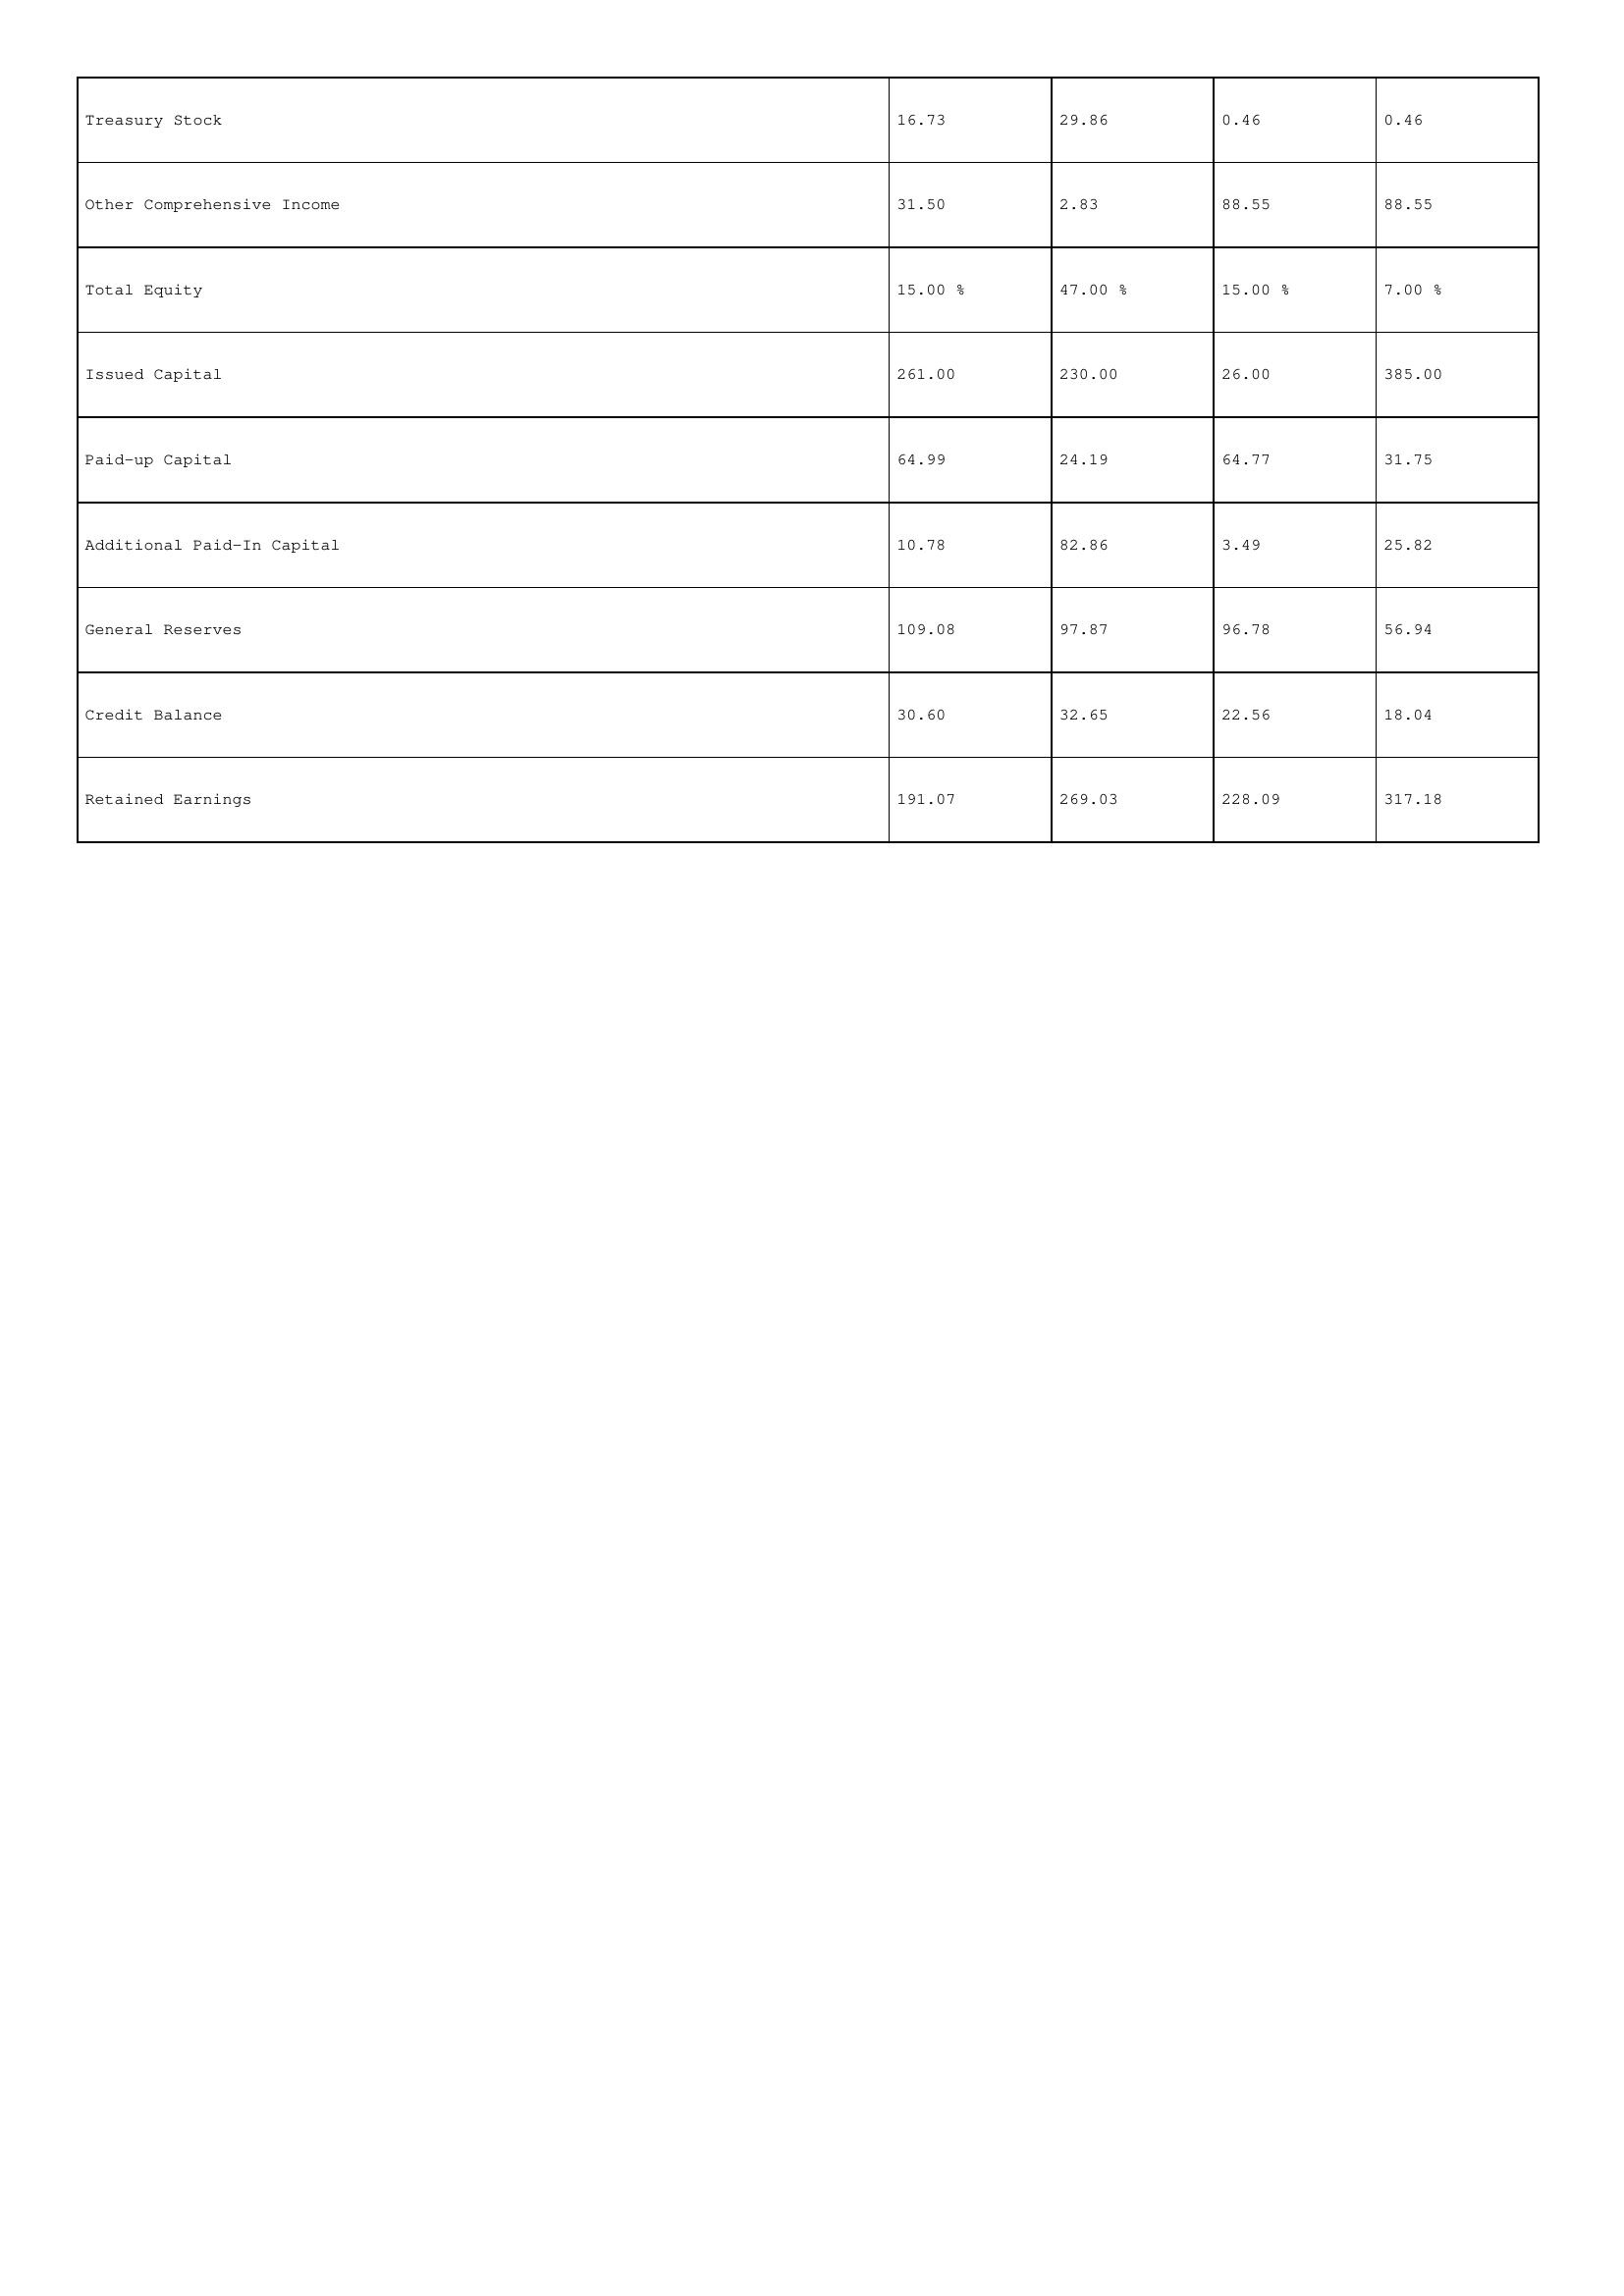
gt_parse: 2000: Treasury Stock: 16.73
Other Comprehensive Income: 31.50
Total Equity: 15.00 %
Issued Capital: 261.00
Paid-up Capital: 64.99
Additional Paid-In Capital: 10.78
General Reserves: 109.08
Credit Balance: 30.60
Retained Earnings: 191.07
1999: Treasury Stock: 29.86
Other Comprehensive Income: 2.83
Total Equity: 47.00 %
Issued Capital: 230.00
Paid-up Capital: 24.19
Additional Paid-In Capital: 82.86
General Reserves: 97.87
Credit Balance: 32.65
Retained Earnings: 269.03
1998: Treasury Stock: 0.46
Other Comprehensive Income: 88.55
Total Equity: 15.00 %
Issued Capital: 26.00
Paid-up Capital: 64.77
Additional Paid-In Capital: 3.49
General Reserves: 96.78
Credit Balance: 22.56
Retained Earnings: 228.09
1997: Treasury Stock: 0.46
Other Comprehensive Income: 88.55
Total Equity: 7.00 %
Issued Capital: 385.00
Paid-up Capital: 31.75
Additional Paid-In Capital: 25.82
General Reserves: 56.94
Credit Balance: 18.04
Retained Earnings: 317.18